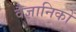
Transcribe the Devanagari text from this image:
वैज्ञानिकों